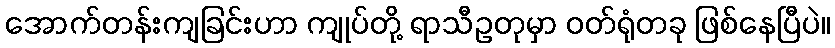
အောက်တန်းကျခြင်းဟာ ကျုပ်တို့ ရာသီဥတုမှာ ဝတ်ရုံတခု ဖြစ်နေပြီပဲ။